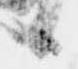
候